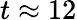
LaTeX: t\approx 12